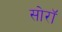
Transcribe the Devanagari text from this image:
सोरॉ